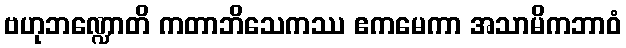
ဗဟုဘဏ္ဍောတိ ကတာဘိသေကဿ ဧကမေကာ အသာမိကဘာဝံ